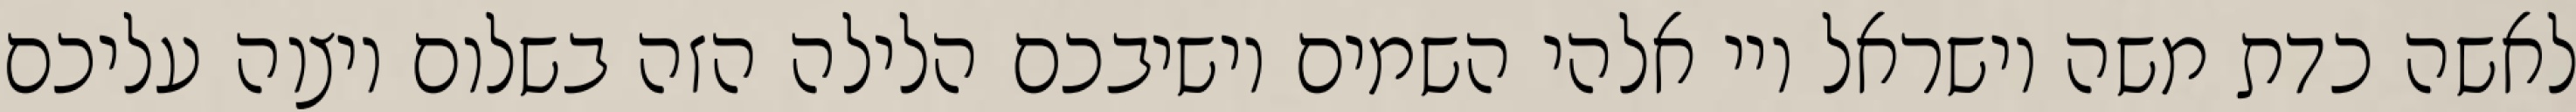
לאשה כדת משה וישראל ויי אלהי השמים יושיבכם הלילה הזה בשלום ויצוה עליכם